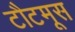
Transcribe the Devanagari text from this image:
टौटमूस